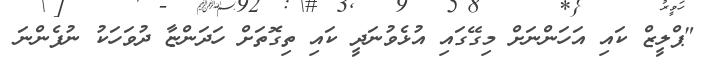
"ޕްލީޒް ކައި އަހަންނަށް މިގޭގައި އުޅެވުނަދީ ކައި ތިގޮތަށް ހަދަންޏާ ދުވަހަކު ނުފެންނަ